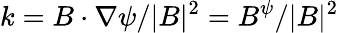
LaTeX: k=B\cdot\nabla\psi/|B|^{2}=B^{\psi}/|B|^{2}